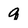
Character: q